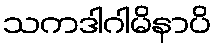
သကဒါဂါမိနာပိ